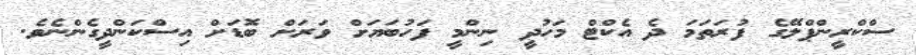
ސްކްރީންޕްލޭގެ ފުރަތަމަ ދެ އެކްޓް މަހުދީ ނިންމީ ފަހުބަޔަށް ވަރަށް ބޮޑަށް އިސްކަންދީގެންނެވެ.